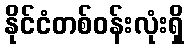
နိုင်ငံတစ်ဝန်းလုံးရှိ